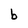
Character: b